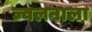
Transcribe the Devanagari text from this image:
ज्वलनाला